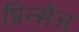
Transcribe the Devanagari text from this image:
प्रिन्सेज